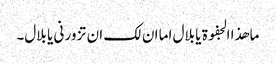
ما ھذا الجفوۃ یا بلال اما ان لک ان تزور نی یا بلال۔